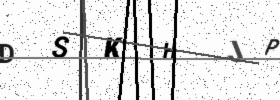
Text: DSKHJP